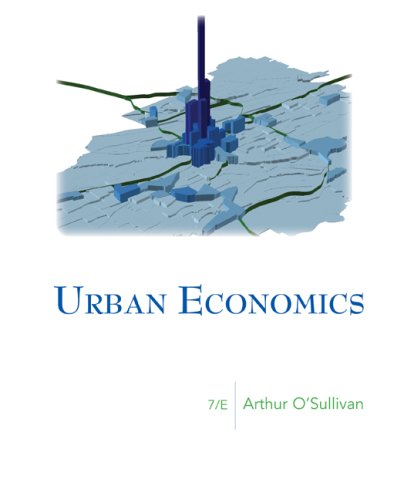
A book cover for Urban Economics (McGraw-Hill Series in Urban Economics); Arthur O'Sullivan; Business & Money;